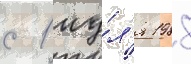
с 1 иу́л'я 1988